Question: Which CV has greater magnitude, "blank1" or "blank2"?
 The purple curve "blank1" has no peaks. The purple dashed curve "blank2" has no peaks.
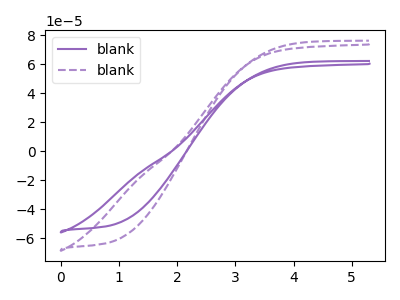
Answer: <think>Neither "blank1" or "blank2" have any peaks.
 </think>
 <answer>I cant tell if "blank1" or "blank2" has more signal.</answer>
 <eval>mixed_signal</eval>